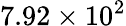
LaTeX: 7.92\times 10^{2}